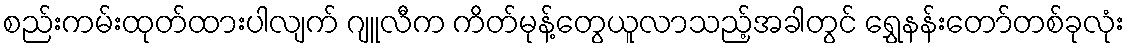
စည်းကမ်းထုတ်ထားပါလျက် ဂျူလီက ကိတ်မုန့်တွေယူလာသည့်အခါတွင် ရွှေနန်းတော်တစ်ခုလုံး